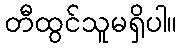
တီထွင်သူမရှိပါ။